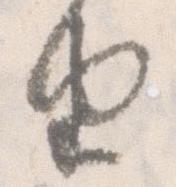
由